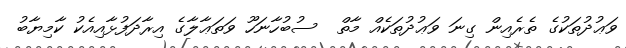
ވަޢުދުތަކުގެ ތެރެއިން ގިނަ ވަޢުދުތަކެއް މާތް  ސުބުހާނަހޫ ވަތަޢާލާގެ އިރާދަފުޅާއިއެކު ކާމިޔާބު